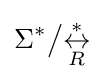
\Sigma ^{*}{\big /}{\overset {*}{\underset {R}{\leftrightarrow }}}